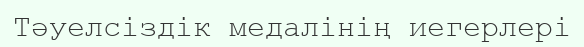
Тәуелсіздік медалінің иегерлері